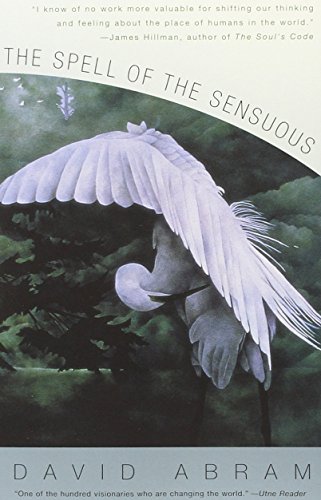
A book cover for The Spell of the Sensuous: Perception and Language in a More-Than-Human World; David Abram; Science & Math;